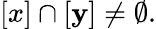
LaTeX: [x]\cap[\mathbf{y}]\neq\emptyset.